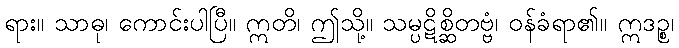
ရား။ သာဓု၊ ကောင်းပါပြီ။ ဣတိ၊ ဤသို့။ သမ္ပဋိစ္ဆိတဗ္ဗံ၊ ဝန်ခံရာ၏။ ဣဒဉ္စ၊